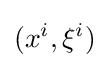
(x^{i},\xi ^{i})